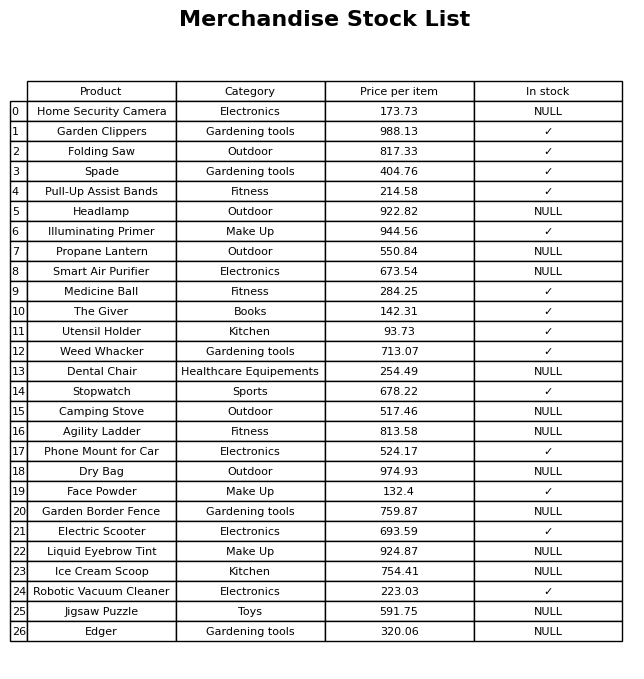
question: Which products are available in stock?
answer: Garden Clippers, Folding Saw, Spade, Pull-Up Assist Bands, Illuminating Primer, Medicine Ball, The Giver, Utensil Holder, Weed Whacker, Stopwatch, Phone Mount for Car, Face Powder, Electric Scooter, Robotic Vacuum Cleaner